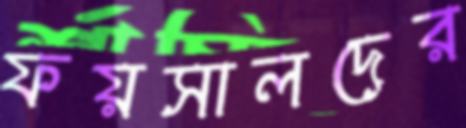
ফয়সালদের